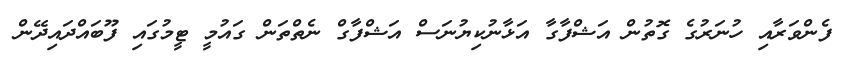
ފެންވަރާއި ހުނަރުގެ ގޮތުން އަޝްފާގާ އަޅާނުކިޔުނަސް އަޝްފާގް ނެތްތަން ގައުމީ ޓީމުގައި ފޫބައްދައިދޭން